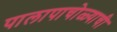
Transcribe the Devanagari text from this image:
पालापाचोळ्याची